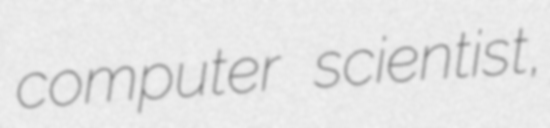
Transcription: computer scientist,